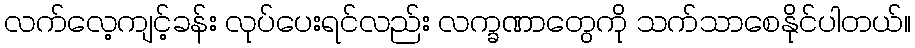
လက်လေ့ကျင့်ခန်း လုပ်ပေးရင်လည်း လက္ခဏာတွေကို သက်သာစေနိုင်ပါတယ်။